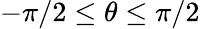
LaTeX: -\pi/2\le\theta\le\pi/2